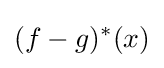
(f-g)^{*}(x)